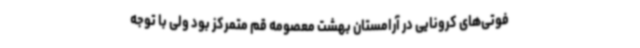
فوتی‌های کرونایی در آرامستان بهشت معصومه قم متمرکز بود ولی با توجه